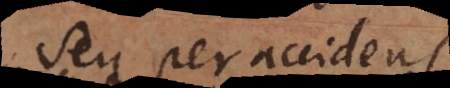
seu per accidens